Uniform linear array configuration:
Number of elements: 24
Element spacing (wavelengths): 0.75
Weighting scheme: uniform
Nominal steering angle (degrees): -30
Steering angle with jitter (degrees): -31.219
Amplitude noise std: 0.05
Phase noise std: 0.05

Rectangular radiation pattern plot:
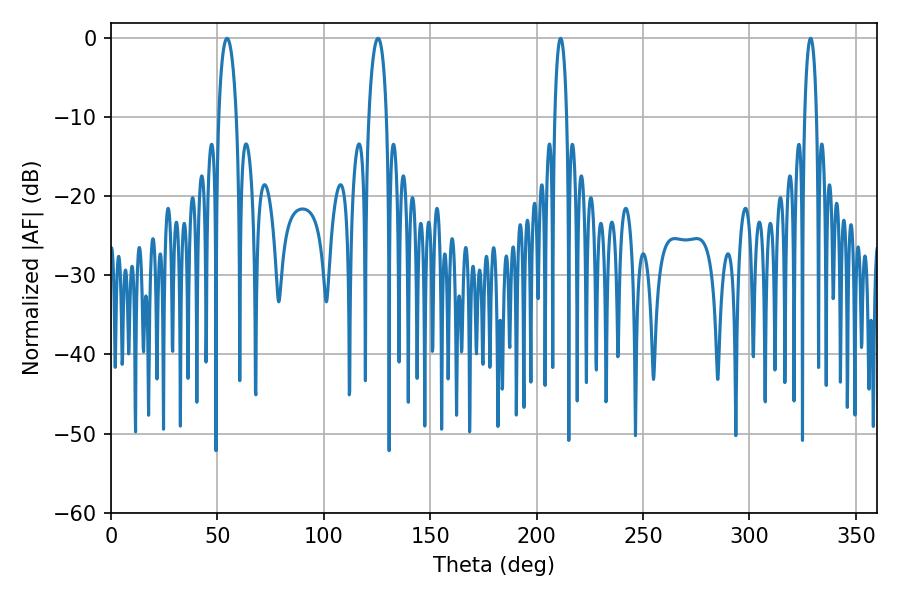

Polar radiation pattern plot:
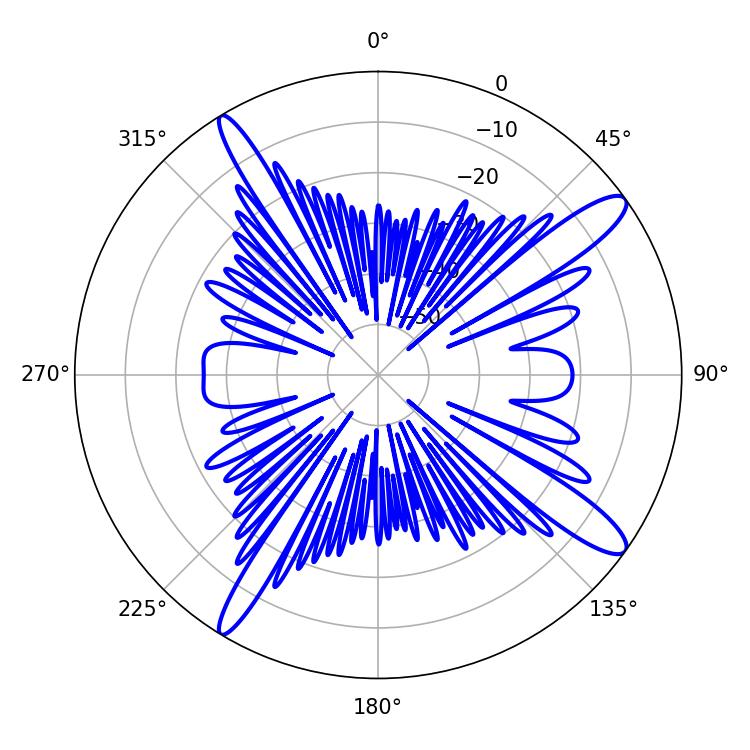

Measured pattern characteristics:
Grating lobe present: TRUE
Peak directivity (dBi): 13.603
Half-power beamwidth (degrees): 4.68
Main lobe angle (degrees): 54.54